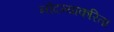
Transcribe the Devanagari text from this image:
नोंदम्याकरिता